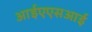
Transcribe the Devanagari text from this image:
आईएएसआई